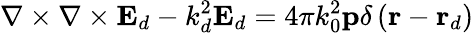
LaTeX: \nabla\times\nabla\times\mathbf{E}_{d}-k_{d}^{2}\mathbf{E}_{d}=4\pi k_{0}^{2}\mathbf{p}\delta\left(\mathbf{r}-\mathbf{r}_{d}\right)